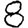
Digit: 8